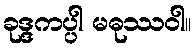
ခုဒ္ဒကပ္ပါ မဓုဿဝါ။